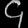
Digit: ၄